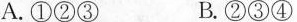
A.①②③ B.②③④